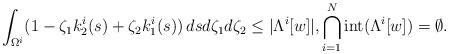
LaTeX: \begin{align*}\int_{\Omega^i}(1- \zeta_1k^i_2(s) + \zeta_2k^i_1(s))\,dsd\zeta_1d\zeta_2 \leq |\Lambda^i[w]|, \bigcap_{i=1}^N{\rm int}(\Lambda^i[w])=\emptyset.\end{align*}